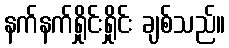
နက်နက်ရှိုင်းရှိုင်း ချစ်သည်။